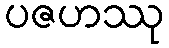
ပဇဟဿု